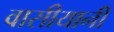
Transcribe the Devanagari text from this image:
वासीयानी